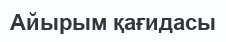
Айырым қағидасы